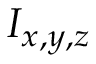
I _ { x , y , z }